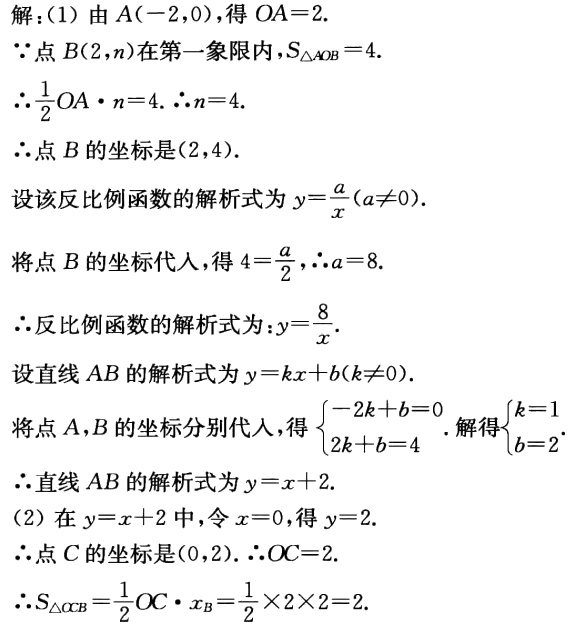
解：(1) 由\(A(-2,0)\)，得\(OA = 2\).
\(\because\)点\(B(2,n)\)在第一象限内，\(S_{\triangle AOB}=4\).
\(\therefore\frac{1}{2}OA\cdot n = 4\). \(\therefore n = 4\).
\(\therefore\)点\(B\)的坐标是\((2,4)\).
设该反比例函数的解析式为\(y=\frac{a}{x}(a\neq0)\).
将点\(B\)的坐标代入，得\(4=\frac{a}{2}\)，\(\therefore a = 8\).
\(\therefore\)反比例函数的解析式为：\(y = \frac{8}{x}\).
设直线\(AB\)的解析式为\(y = kx + b(k\neq0)\).
将点\(A\)，\(B\)的坐标分别代入，得\(\begin{cases}-2k + b = 0\\2k + b = 4\end{cases}\). 解得\(\begin{cases}k = 1\\b = 2\end{cases}\).
\(\therefore\)直线\(AB\)的解析式为\(y = x + 2\).
(2) 在\(y = x + 2\)中，令\(x = 0\)，得\(y = 2\).
\(\therefore\)点\(C\)的坐标是\((0,2)\). \(\therefore OC = 2\).
\(\therefore S_{\triangle OCB}=\frac{1}{2}OC\cdot x_{B}=\frac{1}{2}\times2\times2 = 2\).